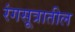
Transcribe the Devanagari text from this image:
रंगसूत्रातील